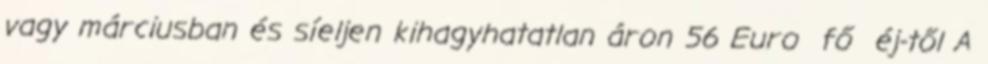
vagy márciusban és síeljen kihagyhatatlan áron 56 Euro fő éj-től A